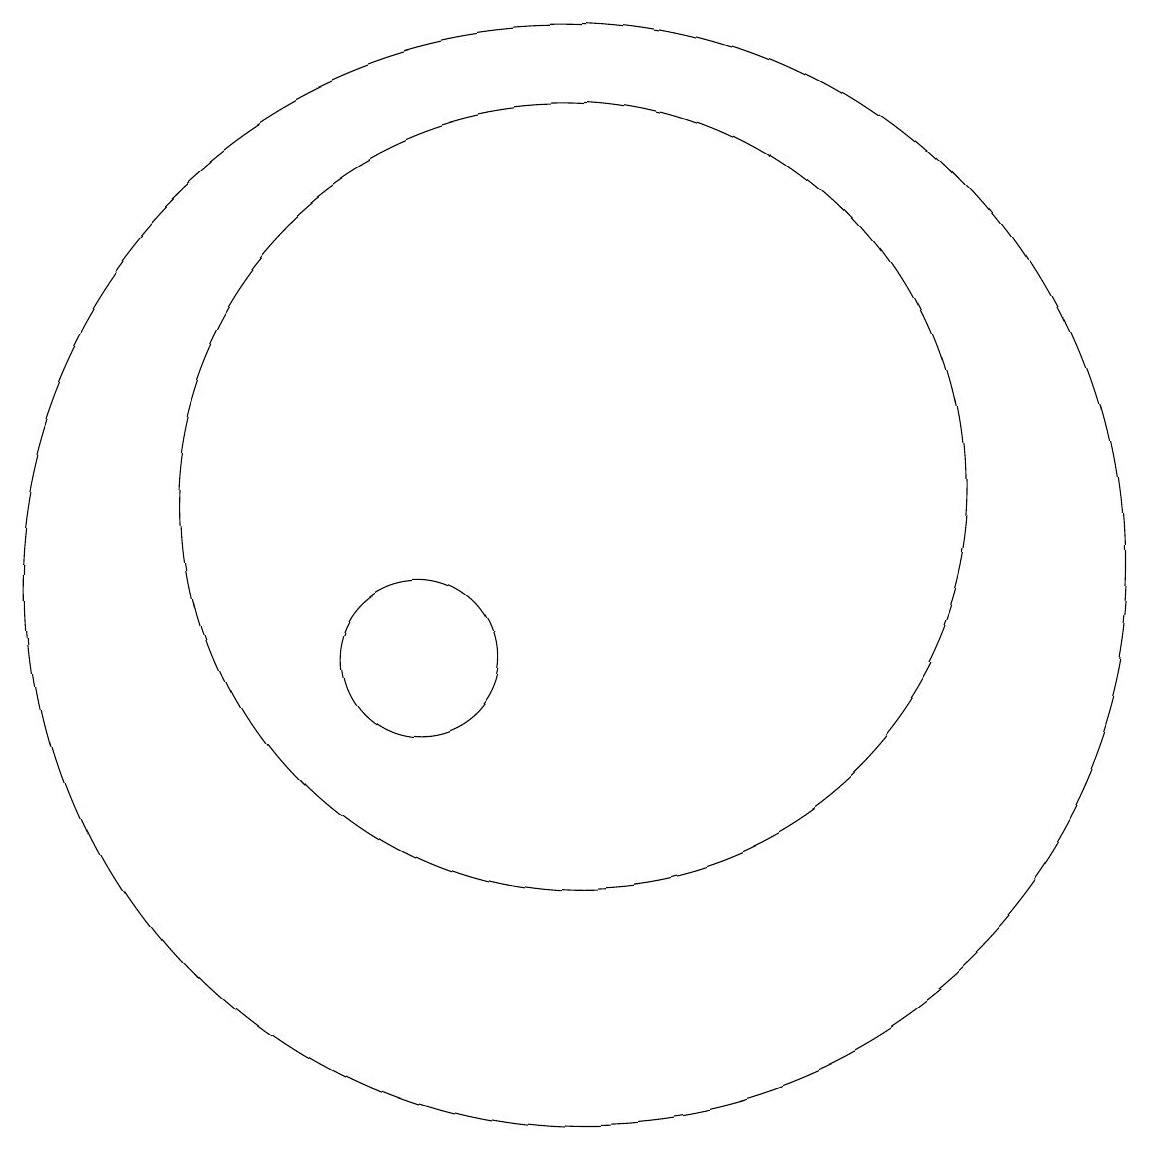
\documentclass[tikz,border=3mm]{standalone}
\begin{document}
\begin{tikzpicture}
\draw (12,11) circle (7);
\draw (12,12) circle (5);
\draw (10,10) circle (1);
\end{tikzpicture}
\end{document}